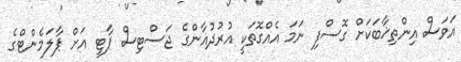
އަވަސް އިންތިޚާބަކަށް ގޮސްފި ނަމަ އެއްގޮތަކީ އުރުދުޣާންގެ ޖަސްޓިސް ޕާޓީ އަށް ޕާލަމެންޓްގެ